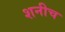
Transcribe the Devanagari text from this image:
शनीच